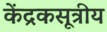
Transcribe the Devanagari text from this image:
केंद्रकसूत्रीय